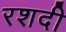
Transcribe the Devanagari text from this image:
रशदी